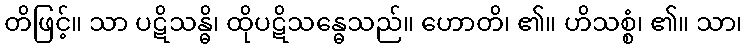
တိဖြင့်။ သာ ပဋိသန္ဓိ၊ ထိုပဋိသန္ဓေသည်။ ဟောတိ၊ ၏။ ဟိသစ္စံ၊ ၏။ သာ၊